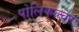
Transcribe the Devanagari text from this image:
पोलिकल्चर